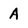
Character: A